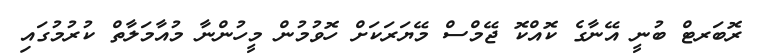
ރޮބަރޓް ބުނީ އޭނާގެ ކޮއްކޮ ޖޭމްސް މޭޔަރަކަށް ހޮވުމުން މީހުންނާ މުއާމަލާތް ކުރުމުގައި